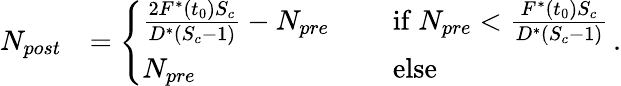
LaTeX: \begin{array}{rl}{N_{post}}&{=\left\{ \begin{array}{ll}{\frac{2F^{*}(t_{0})S_{c}}{D^{*}(S_{c}-1)}-N_{pre}\quad}&{\mathrm{~if~}N_{pre}<\frac{F^{*}(t_{0})S_{c}}{D^{*}(S_{c}-1)}}\\ {N_{pre}}&{\mathrm{~else~}}\end{array}\right.\, .}\end{array}